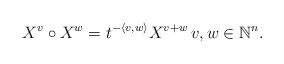
LaTeX: \begin{align*}X^v \circ X^w = t^{ -\langle v, w \rangle} X^{v+w} \, v,w\in \mathbb{N}^n.\end{align*}